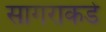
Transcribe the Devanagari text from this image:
सागराकडे